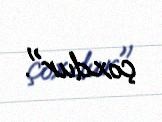
çoxdur".